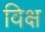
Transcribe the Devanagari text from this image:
विक्ष